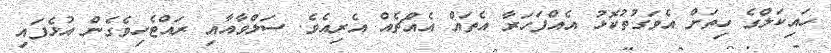
ހައިކަލްގެ ހިތަށް އެވަގުތުކޮޅު އެއްފަހަރާ އެތައް އެއްޗެއް އެރިއެވެ. ސަލްވާއާއި ރައްޓެހިވެގެން އުޅެފައި